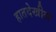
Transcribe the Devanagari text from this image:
हातदेखील